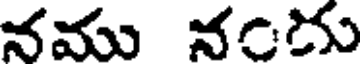
నము నందు